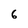
Character: 6